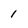
Character: 1